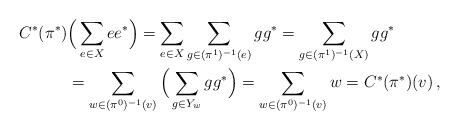
\begin{align*}C^*(\pi^*) & \Big( \sum _{e\in X} ee^* \Big) = \sum _{e\in X} \sum _{g\in (\pi^1)^{-1} (e)} gg^* = \sum _{g\in (\pi^1)^{-1} (X)} gg^* \\& = \sum _{w\in (\pi^0)^{-1} (v)} \Big( \sum _{g\in Y_w} gg^*\Big) = \sum _{w\in (\pi^0)^{-1} (v)} w= C^*(\pi^*) (v) \, , \end{align*}